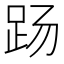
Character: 𰸄